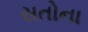
સતોના